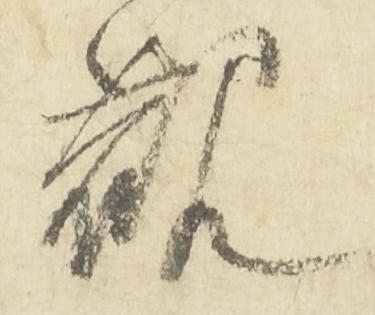
観